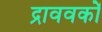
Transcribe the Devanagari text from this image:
द्राववकों